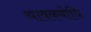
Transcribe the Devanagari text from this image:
श्रावकबोधि